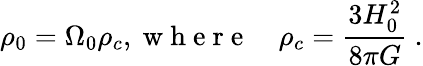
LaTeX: \rho_{0}=\Omega_{0}\rho_{c},\mathrm{~w~h~e~r~e~}\quad\rho_{c}=\frac{3H_{0}^{2}}{8\pi G}\ .